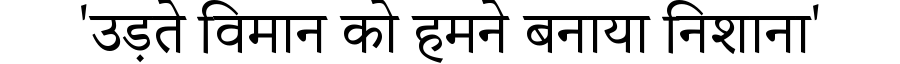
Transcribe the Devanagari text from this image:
'उड़ते विमान को हमने बनाया निशाना'